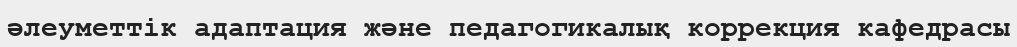
әлеуметтік адаптация және педагогикалық коррекция кафедрасы